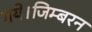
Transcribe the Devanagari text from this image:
गये।जिम्बरन